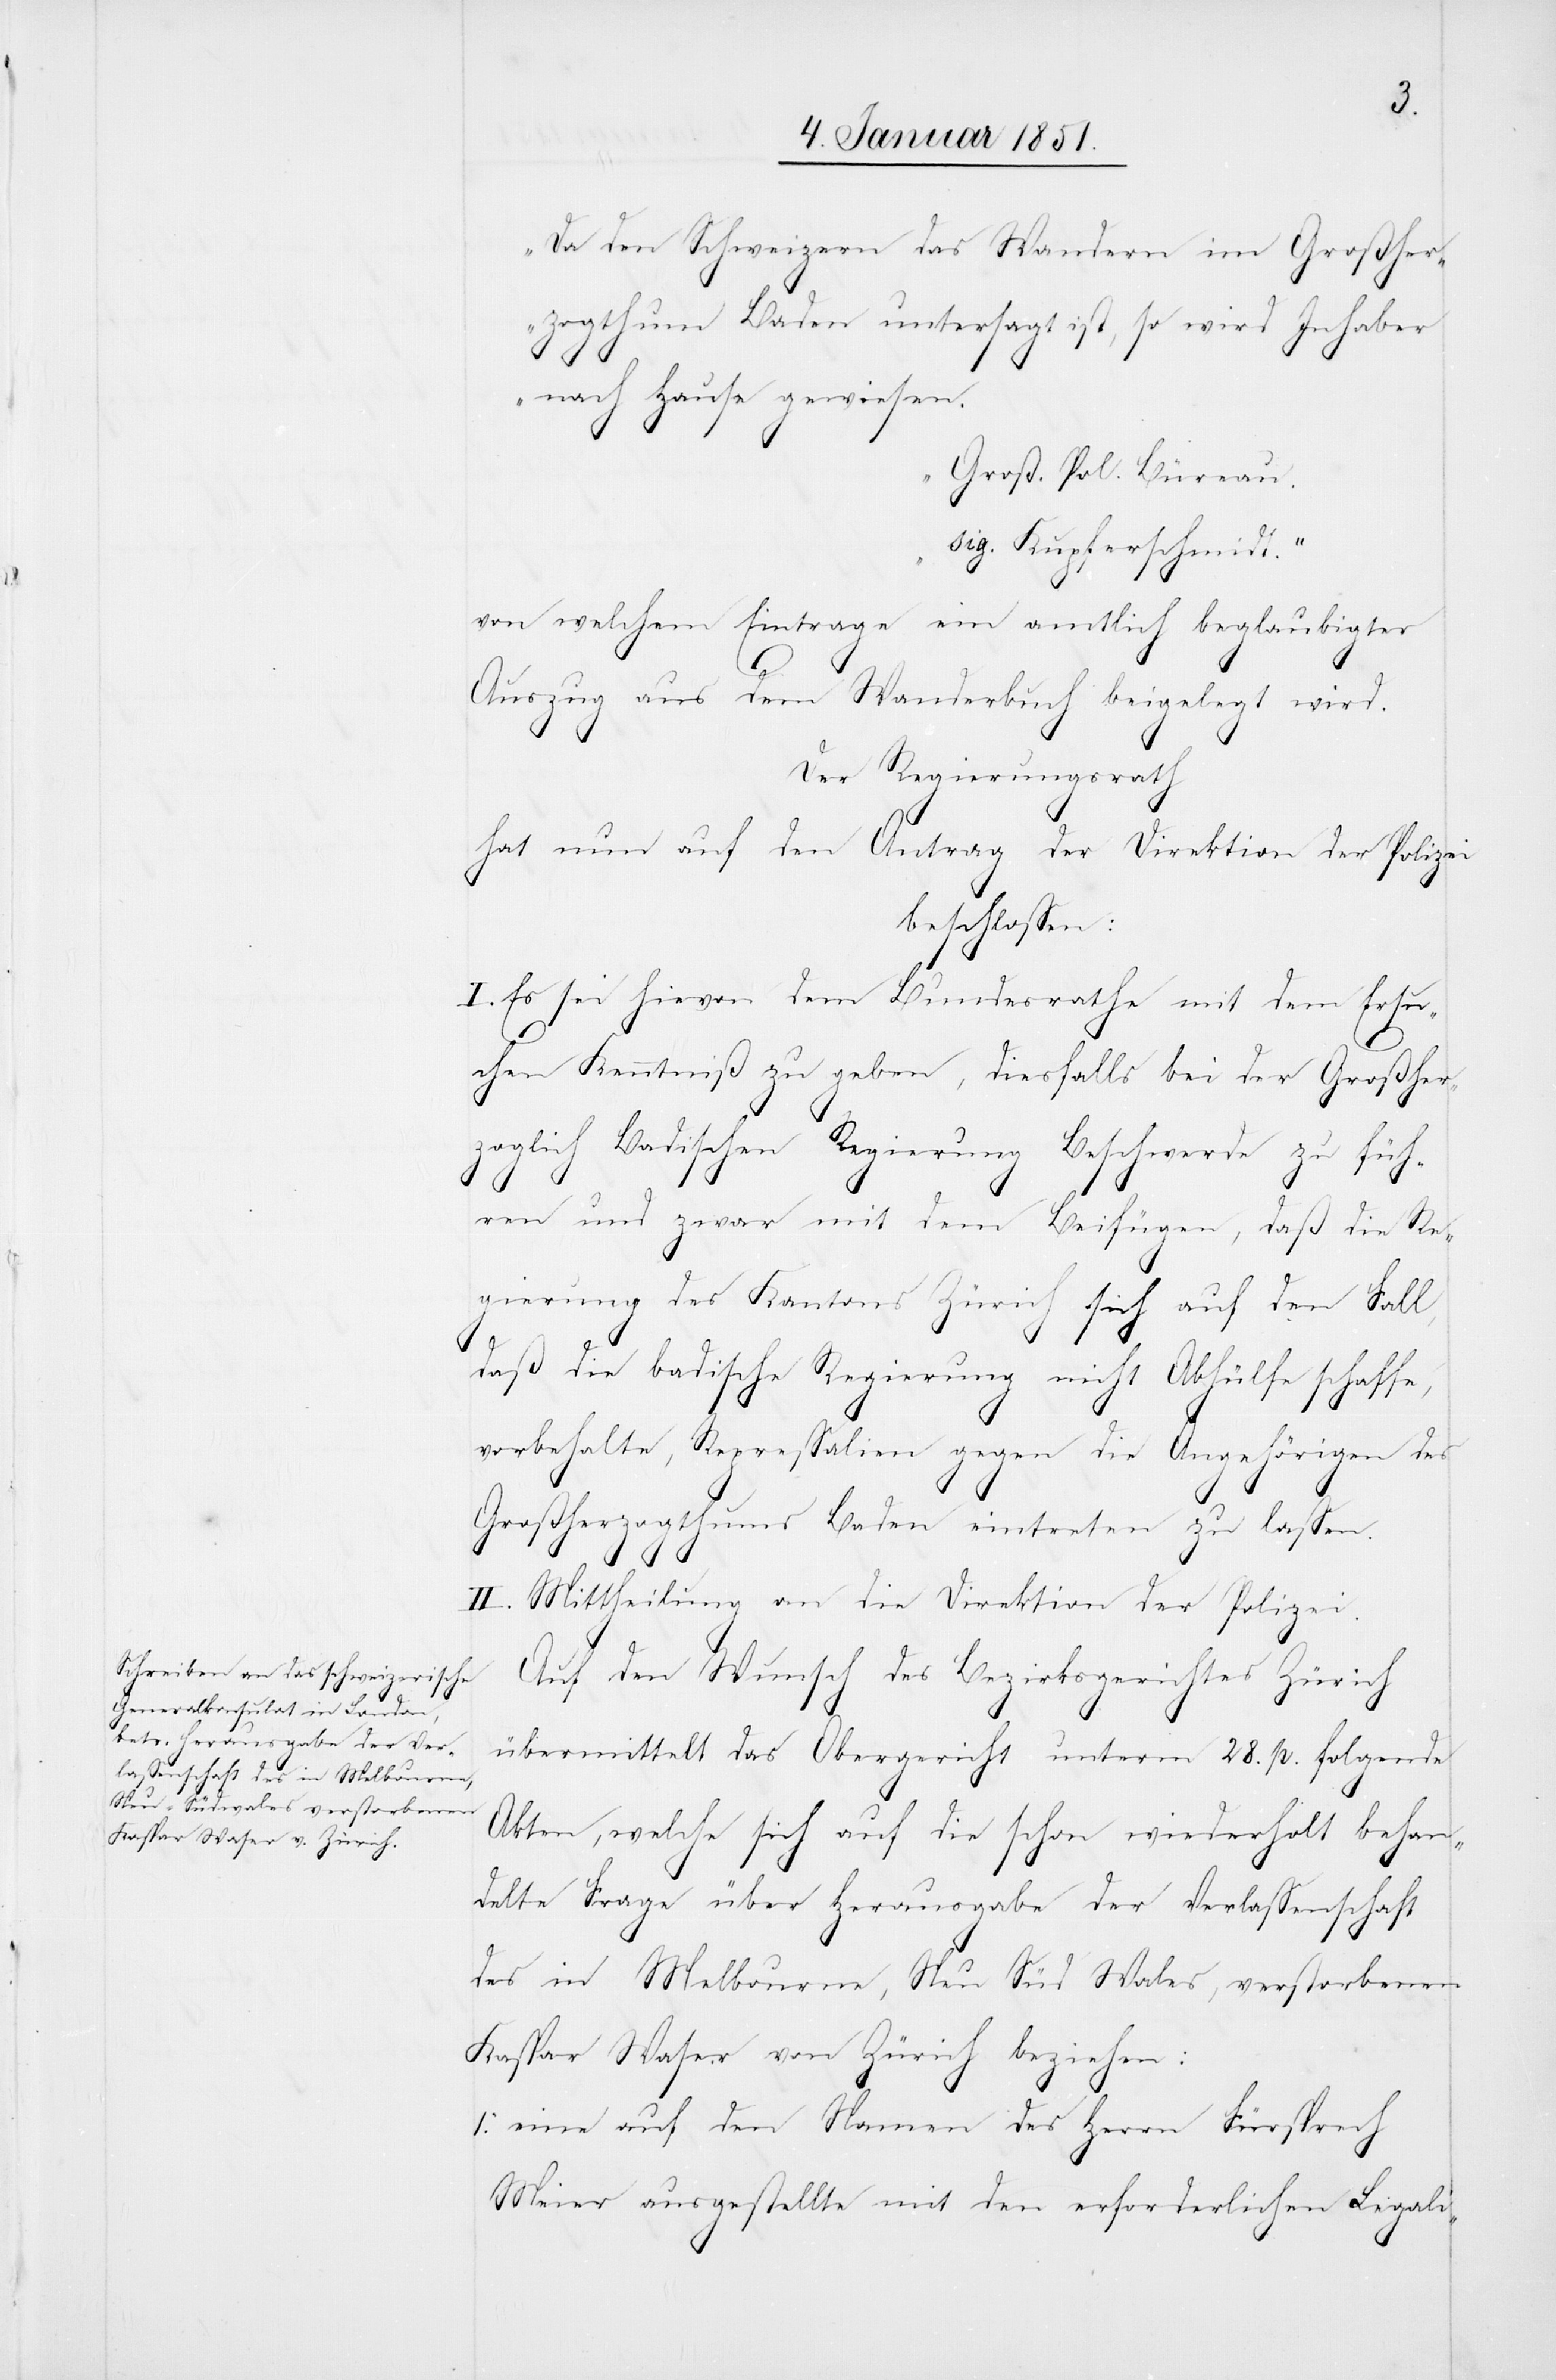
„Da den Schweizern das Wandern im Großher¬
zogthum Baden untersagt ist, so wird Inhaber
nach Hause gewiesen.
Groß. Pol. Büreau.
sig. Kupferschmidt.“
von welchem Eintrage ein amtlich beglaubigter
Auszug aus dem Wanderbuch beigelegt wird.
Der Regierungsrath
hat nun auf den Antrag der Direktion der Polizei
beschlossen:
I. Es sei hievon dem Bundesrathe mit dem Ersu¬
chen Kenntniß zu geben, diesfalls bei der Großher¬
zoglich Badischen Regierung Beschwerde zu füh¬
ren und zwar mit dem Beifügen, daß die Re¬
gierung des Kantons Zürich sich auf den Fall,
daß die badische Regierung nicht Abhülfe schaffe,
vorbehalte, Repressalien gegen die Angehörigen des
Großherzogthums Baden eintreten zu lassen.
II. Mittheilung an die Direktion der Polizei.
Auf den Wunsch des Bezirksgerichtes
Zürich
übermittelt das Obergericht unterm 28. p. folgende
Akten, welche sich auf die schon wiederholt behan¬
delte Frage über Herausgabe der Verlassenschaft
des in Melbourne, Neu Süd Wales, verstorbenen
Kaspar Waser von Zürich beziehen:
eine auf den Namen des Herrn Fürsprech
Meier ausgestellte mit den erforderlichen Legali-